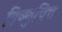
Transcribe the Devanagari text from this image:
विष्णुचित्त